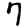
Digit: 7